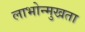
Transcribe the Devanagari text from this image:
लाभोन्मुखता